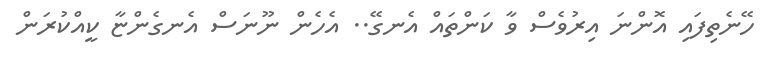
ހޭނެތިފައި އޮންނަ އިރުވެސް ވާ ކަންތައް އެނގޭ.. އެހެން ނޫނަސް އެނގެންޏާ ކީއްކުރަން